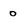
Character: 0